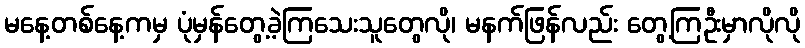
မနေ့တစ်နေ့ကမှ ပုံမှန်တွေ့ခဲ့ကြသေးသူတွေလို၊ မနက်ဖြန်လည်း တွေ့ကြဦးမှာလိုလို